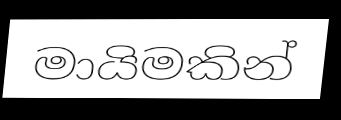
මායිමකින්